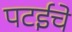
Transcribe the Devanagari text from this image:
पटईचे